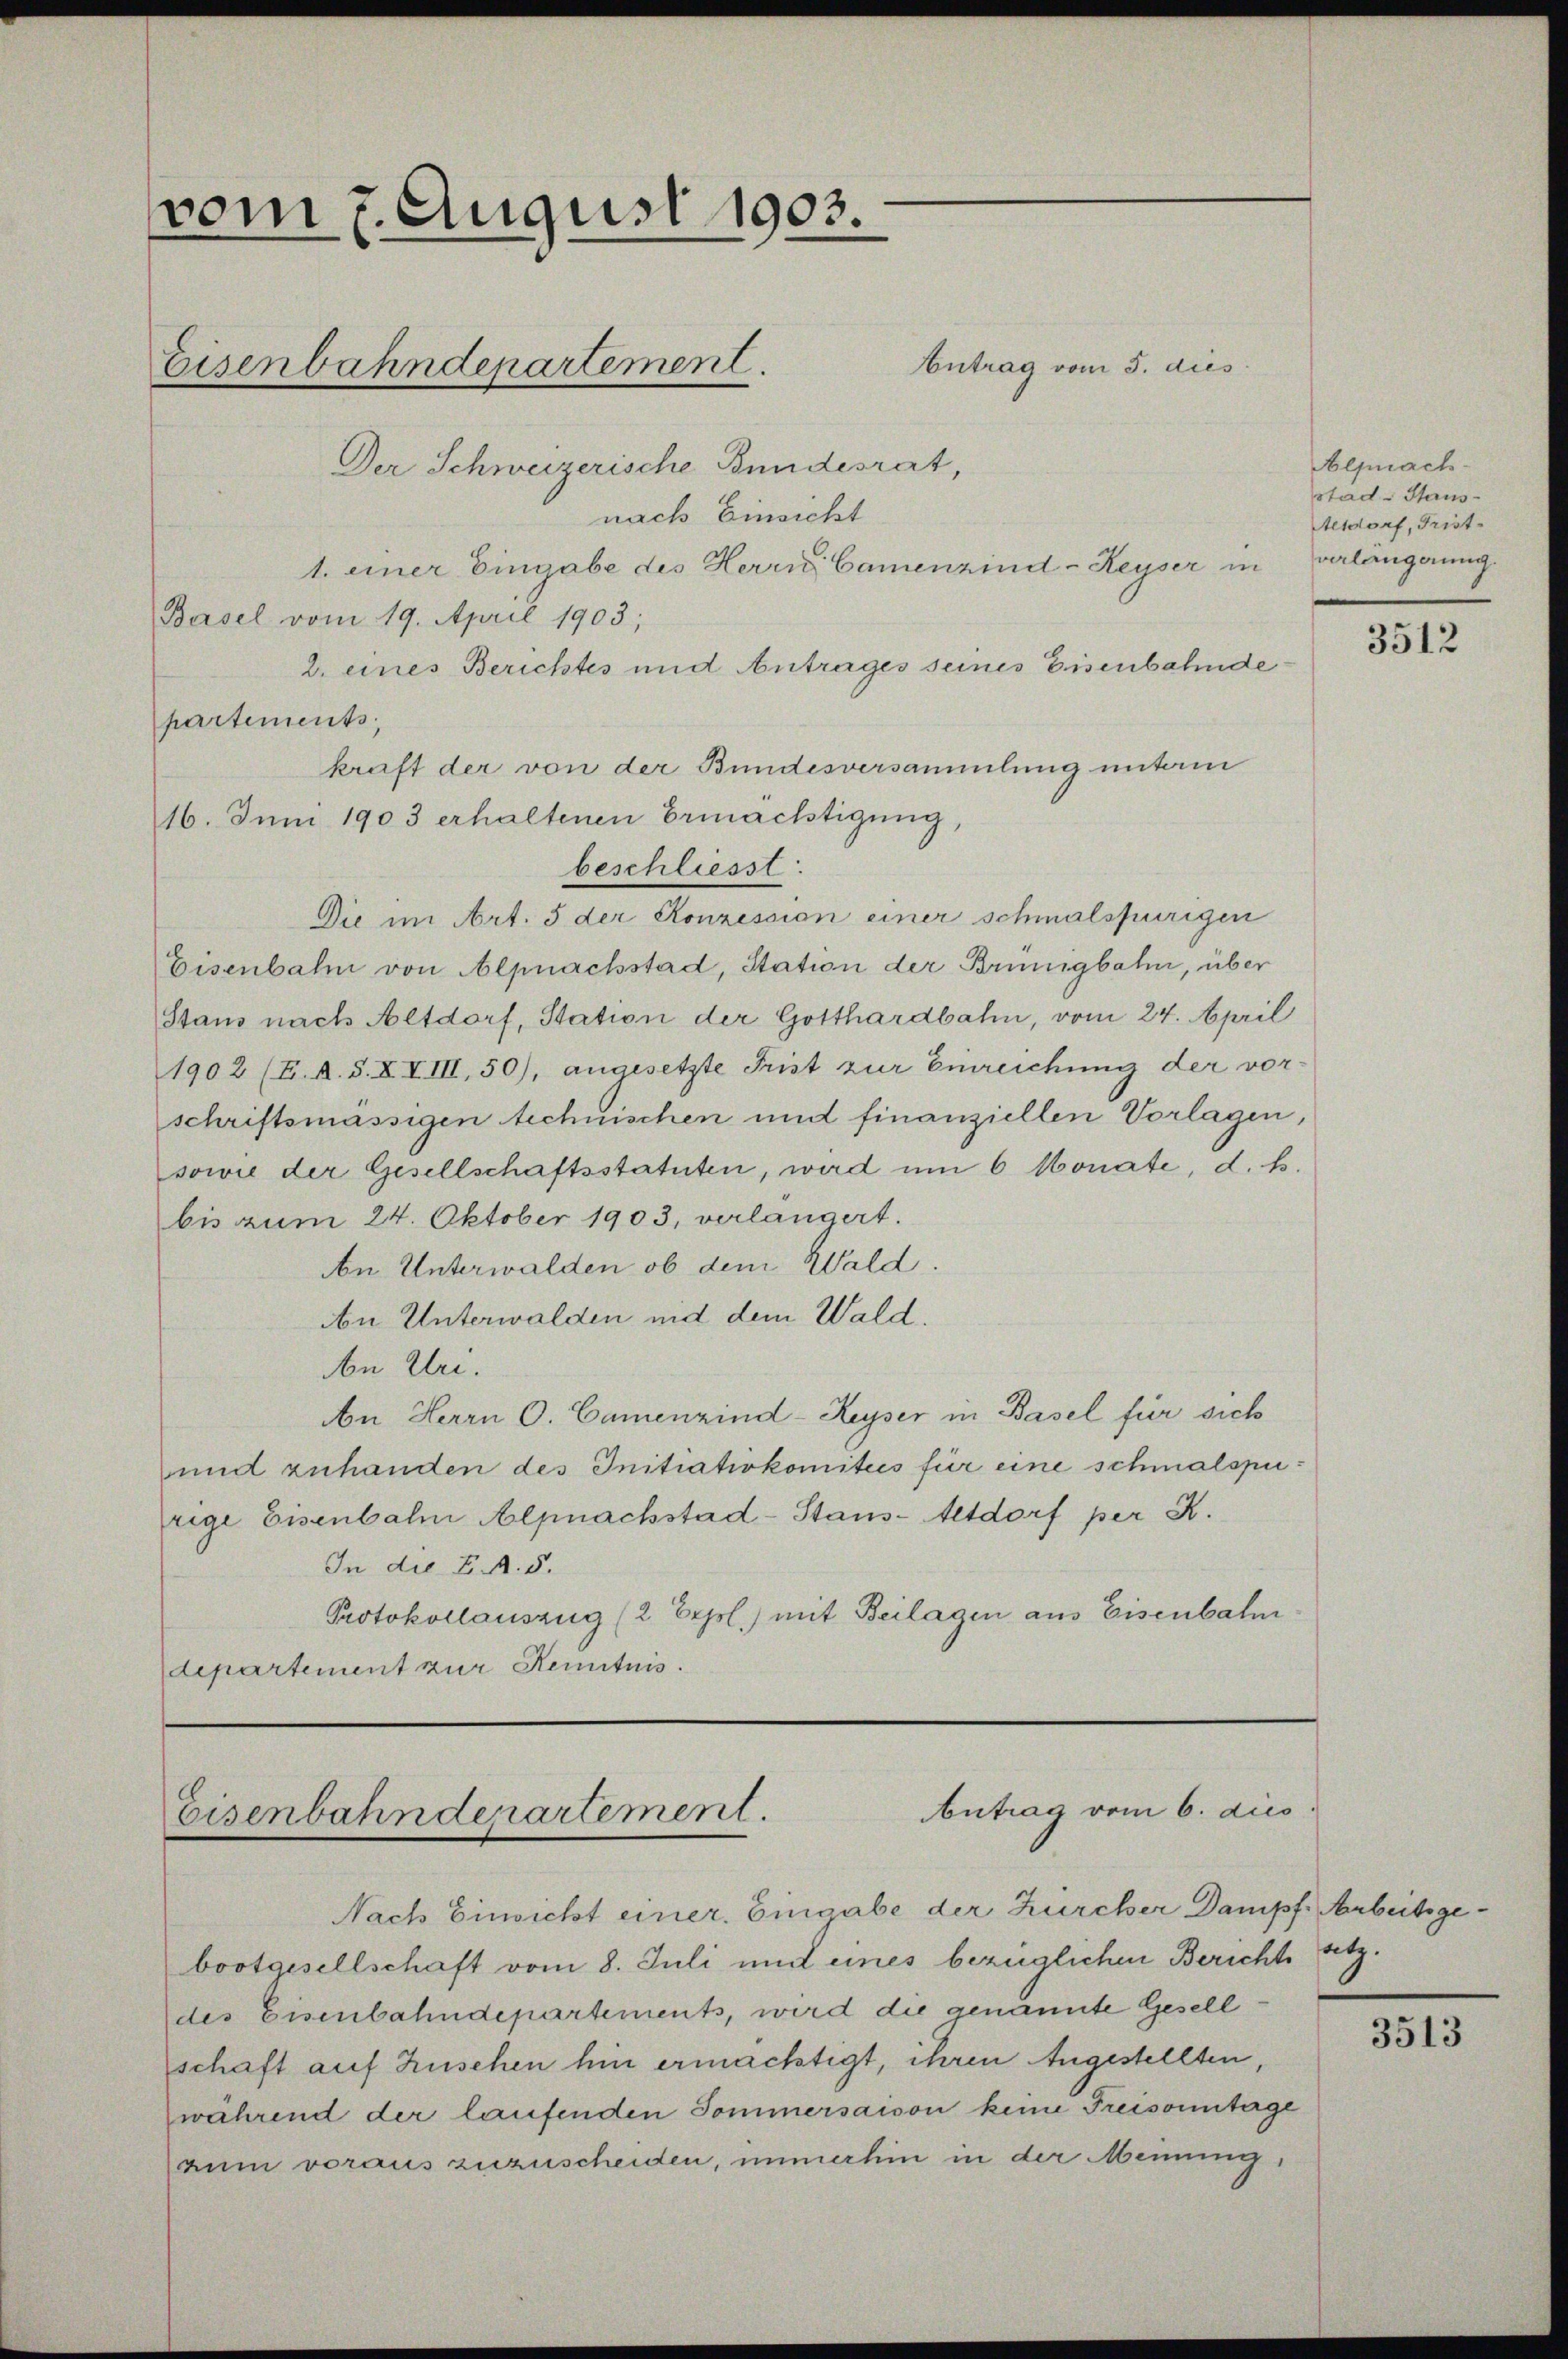
vom 7. August 1903.
Eisenbahndepartement.
Der Schweizerische Bundesrat,

nach Einsicht
1. einer Eingabe des Herrn Camenzind-Reyser in
Basel vom 19. April 1903;
2. eines Berichtes und Antrages seines Eisenbahnde
partements
kraft der von der Bundesversammlung unterm
16. Juni 1903 erhaltenen Ermächtigung,
beschliesst:
Die im Art. 5 der Konzession einer schmalspurigen
Eisenbahn von Alpnachstad, Station der Brünigbahn, über
Staus nach Altdorf, Station der Gotthardbahn, vom 24. April
1902 (E. A. S. XXIII, 50), angesetzte Frist zur Einreichung der vorschriftsmässigen technischen und finanziellen Vorlagen,
sowie der Gesellschaftsstatuten, wird um 6 Monate, d. h.
bis zum 24. Oktober 1903, verlangert.
An Unterwalden ob dem Wald.
An Unterwalden mit dem Wald.
n Uri.
An Herrn C. Camenzind-Reyser in Basel für sich
und zuhanden des Initiativkomitees für eine schmalspurige Eisenbahn Alpnachstad-Staus-Altdorf per K.
In die E. A. 5.
Protokollauszug (2 Erpsl.) mit Beilagen aus Eisenbahn
departement zur Renituis.

Antrag vom 5. dies

Antrag vom 6. dies
Eisenbahndepartement.

Nach Einsicht einer Eingabe der Zürcher Dampf. Arbeitsgebootgesellschaft vom 8. Juli und eines bezüglichen Berichte
des Eisenbahndepartements, wird die genannte Gesell
schaft auf Zuschen hin ermächtigt, ihren Angestellten,
während der laufenden Sommersaison keine Freisonntage
zum voraus zuzuscheiden, immerhin in der Meinung,

Alpnach
stad-Haus-
Altdorf, Frist.
verlangerung.

3512

satz.

3513